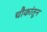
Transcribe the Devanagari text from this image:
चौकांतून